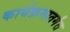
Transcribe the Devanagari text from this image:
कार्यक्रमातर्गंत